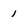
Character: 1